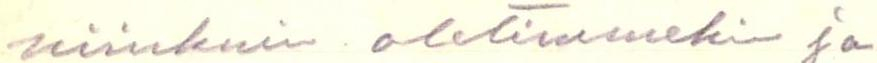
niinkuin oletimmekin ja